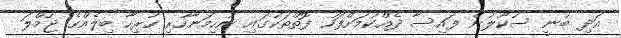
އަދި ބުނީ ސުކޫލުން ފައިސާ ދެއްކުމަށްފަހު ފޮތްތަކުގައި ނުހިމަނާހުރި ހުރިހާ ބިލެއްގެ ޖުމްލަ